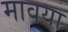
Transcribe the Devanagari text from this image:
मावया